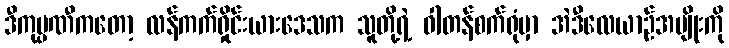
ဒီကုမ္ပဏီကတော့ လန်ကက်ရှိုင်းယားဒေသက သူတို့ရဲ့ ဝါတန်စက်ရုံမှာ အဲဒီလေယာဉ်အမျိုးကို